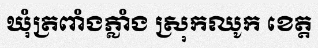
ឃុំត្រពាំងភ្លាំង ស្រុកឈូក ខេត្ត